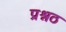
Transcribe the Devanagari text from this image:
प्रश्नठ